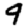
Digit: 9